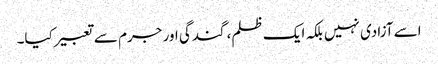
اسے آزادی نہیں بلکہ ایک ظلم، گندگی اور جرم سے تعبیرکیا۔